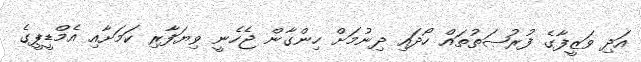
އަދި ވަޒީފާގެ ފުރުޞަތުތައް ހޯދައި ދިނުމަށް ހިންގާން ޖެހެނީ ވިޔަފާރި ކަމަށާއި އެމްޑީޕީގެ